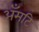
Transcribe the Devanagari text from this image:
अँमटि